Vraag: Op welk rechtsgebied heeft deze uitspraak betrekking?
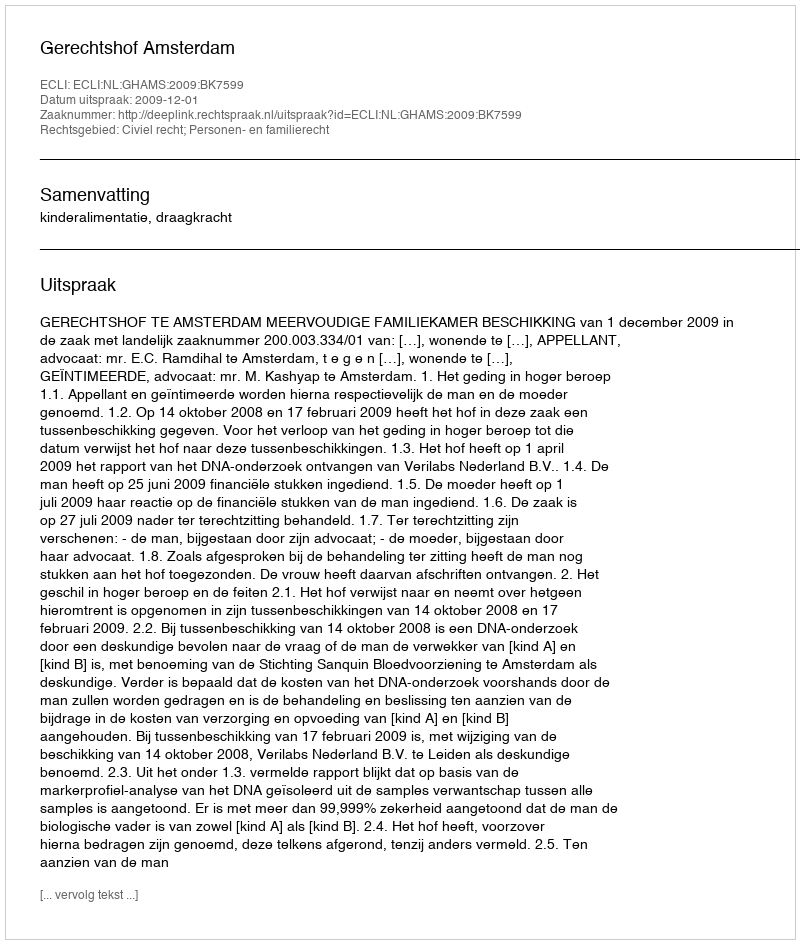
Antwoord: Civiel recht; Personen- en familierecht